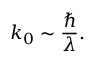
k _ { 0 } \sim { \frac { \hbar } { \lambda } } .